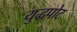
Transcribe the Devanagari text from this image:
युद्धपोट